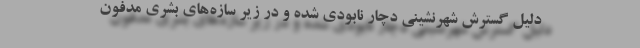
دلیل گسترش شهرنشینی دچار نابودی شده و در زیر سازه‌های بشری مدفون